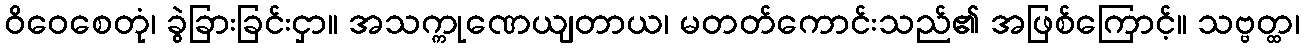
ဝိဝေစေတုံ၊ ခွဲခြားခြင်းငှာ။ အသက္ကုဏေယျတာယ၊ မတတ်ကောင်းသည်၏ အဖြစ်ကြောင့်။ သဗ္ဗတ္ထ၊